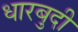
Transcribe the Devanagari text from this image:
धारबुदी